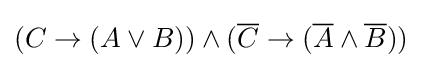
(C\rightarrow (A\vee B))\wedge ({\overline {C}}\rightarrow ({\overline {A}}\wedge {\overline {B}}))